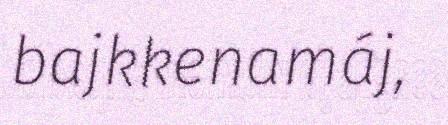
bajkkenamáj,